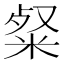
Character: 粲